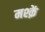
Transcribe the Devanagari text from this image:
मश्क़ें